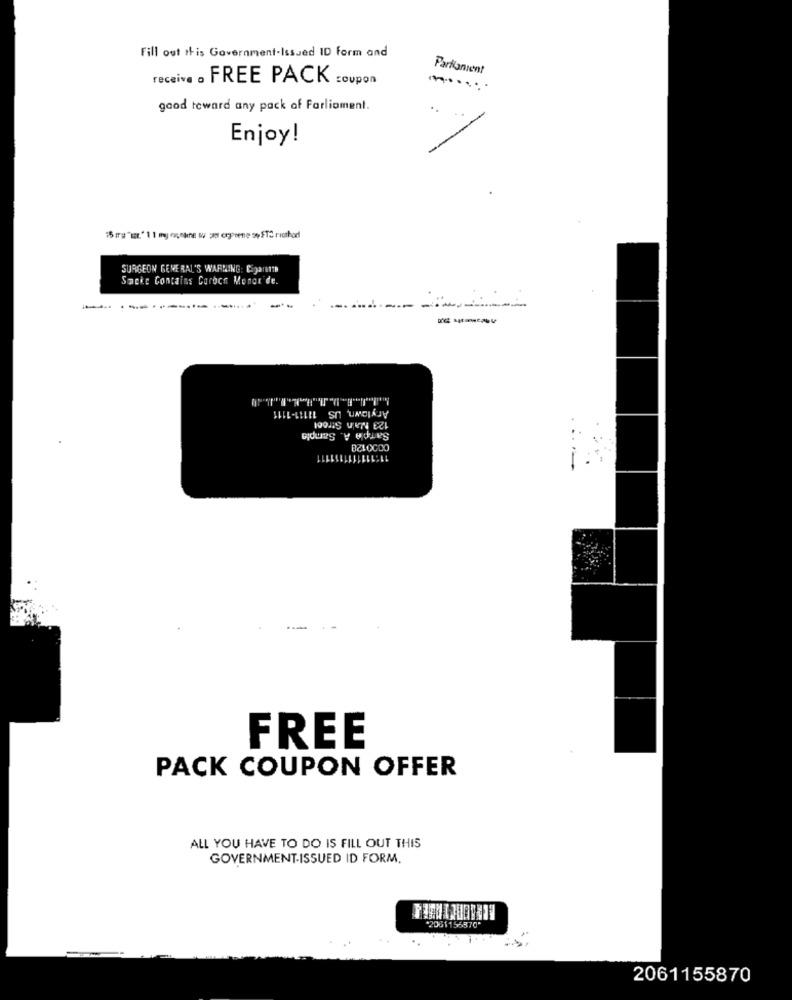
Fill out this Government-Issued ID form and
Parliament
receive . FREE PACK coupon
...
good toward any pack of Parliament.
Enjoy!
SURGEON GENERAL'S WARNING: [53911TB
Snake Contains Caroch Mongr de.
-
--.
Arylown, US 11111-1111
123 Main Stroot
Sarpla A. Sample
11:1111111111111
FREE
PACK COUPON OFFER
ALL YOU HAVE TO DO IS FILL OUT THIS
GOVERNMENT-ISSUED ID FORM.
*2081156870
2061155870